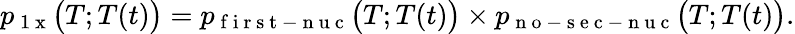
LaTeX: p_{\mathrm{~1~x~}}\big(T;T(t)\big)=p_{\mathrm{~f~i~r~s~t~-~n~u~c~}}\big(T;T(t)\big)\times p_{\mathrm{~n~o~-~s~e~c~-~n~u~c~}}\big(T;T(t)\big).